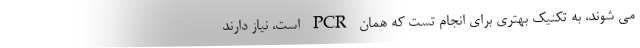
می شوند، به تکنیک بهتری برای انجام تست که همان PCR است، نیاز دارند